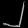
Digit: ၂